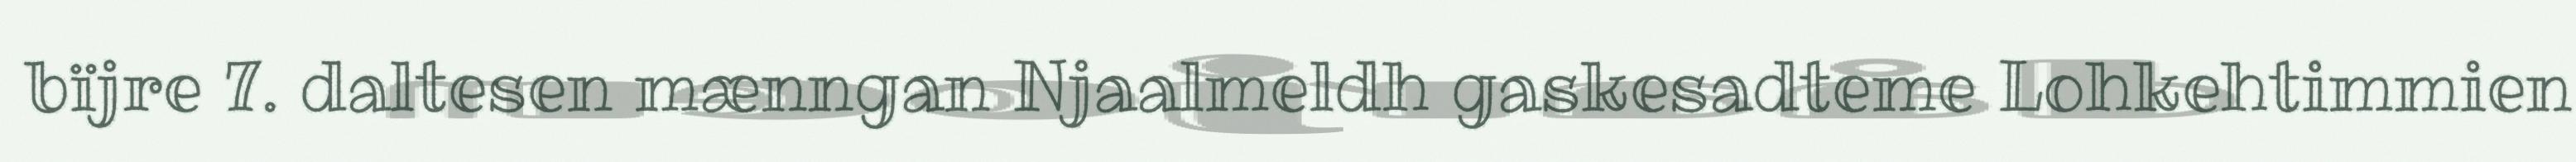
bïjre 7. daltesen mænngan Njaalmeldh gaskesadteme Lohkehtimmien